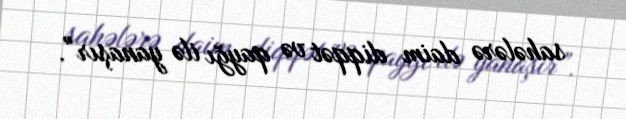
sahələrə daim diqqət və qayğı ilə yanaşır”.